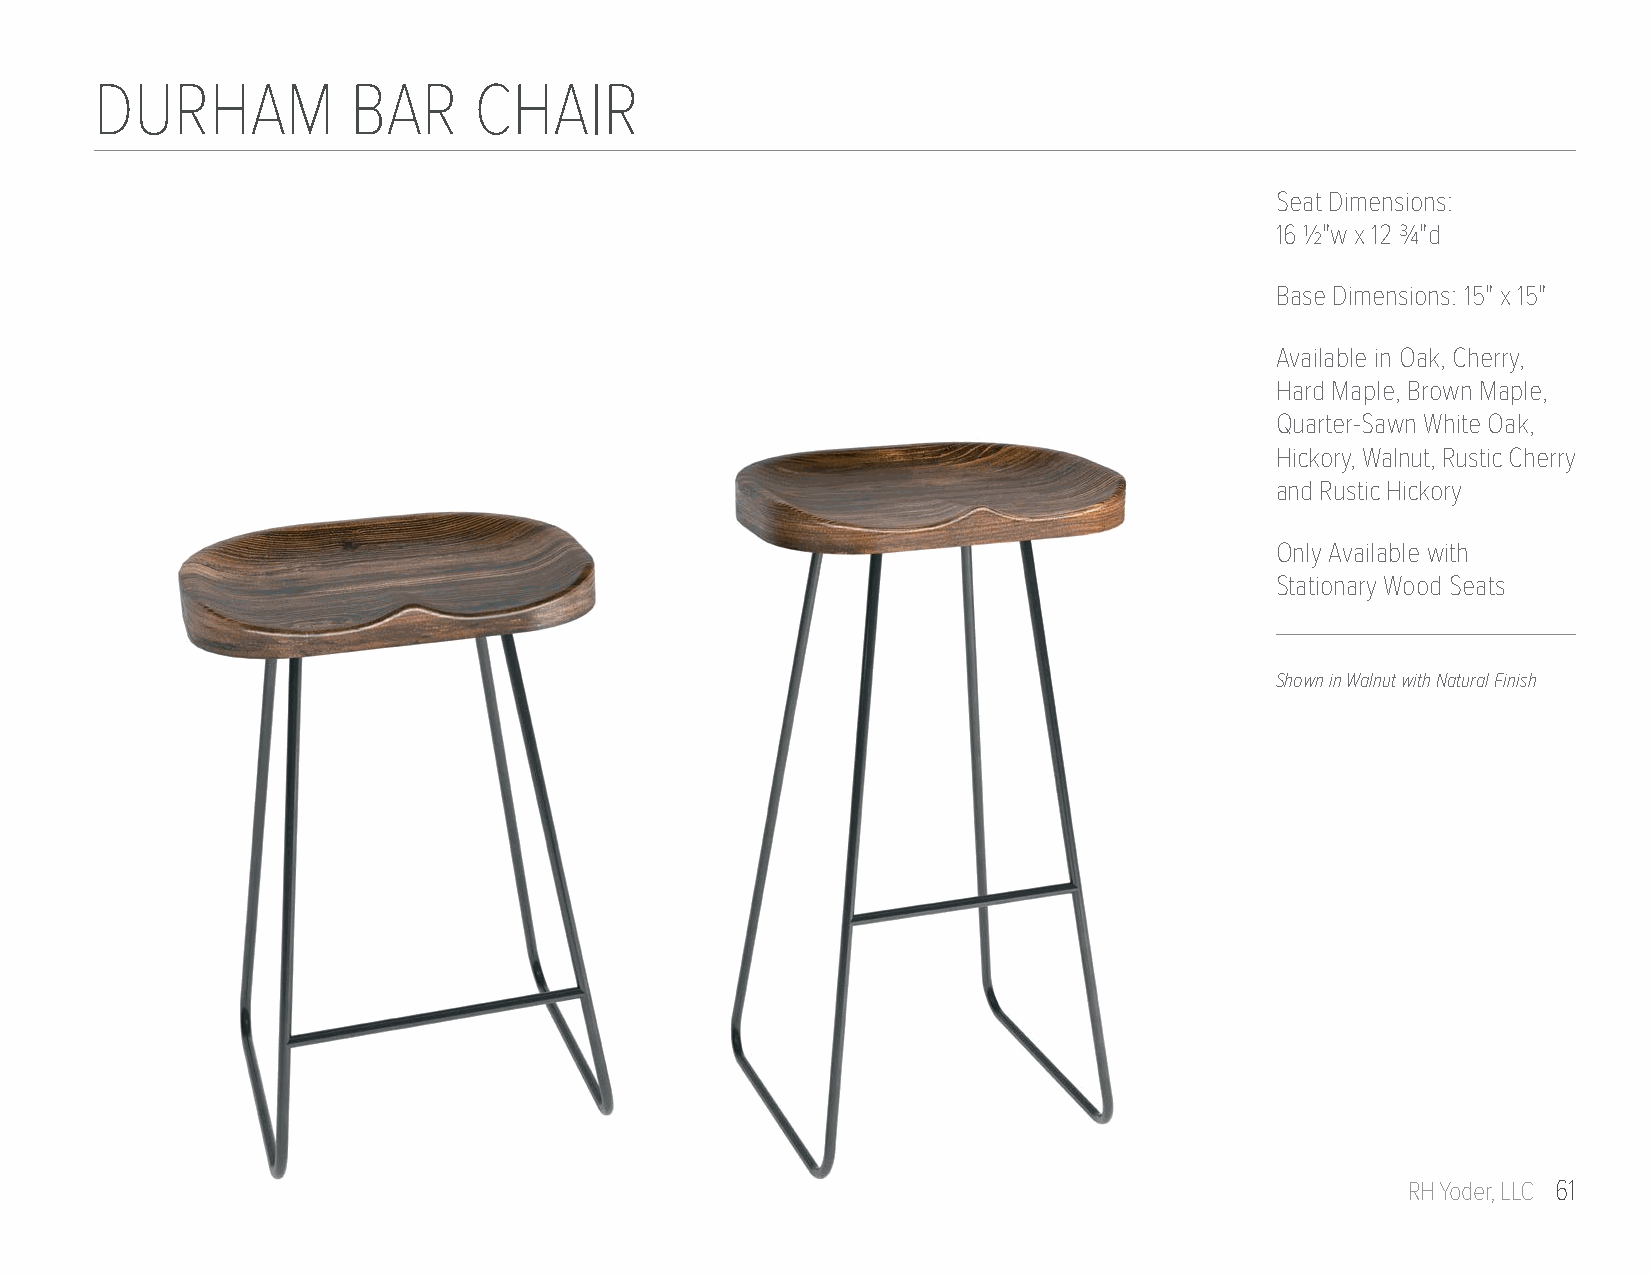
DURHAM           BAR     CHAIR
 Seat Dimensions:
 16 1/2"w x 12 3/4"d
 Base Dimensions: 15" x 15"
 Available in Oak, Cherry,
 Hard Maple, Brown Maple,
 Quarter-Sawn White Oak,
 Hickory, Walnut, Rustic Cherry
 and Rustic Hickory
 Only Available with
 Stationary Wood Seats
 Shown in Walnut with Natural Finish
 RH Yoder, LLC 61